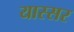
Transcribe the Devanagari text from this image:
यास्सर